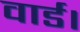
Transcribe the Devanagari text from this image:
वार्ड।